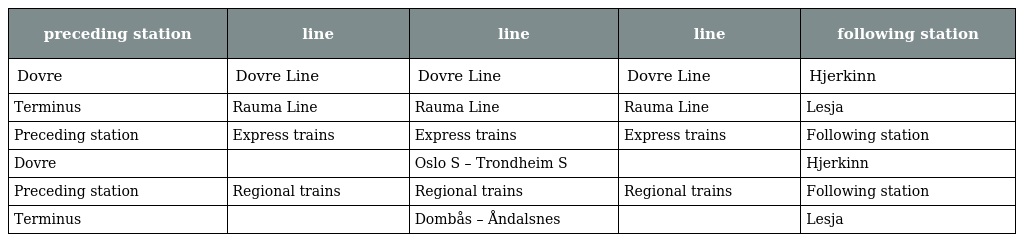
| preceding station | line | line | line | following station |
 | --- | --- | --- | --- | --- |
 | Dovre | Dovre Line | Dovre Line | Dovre Line | Hjerkinn |
 | Terminus | Rauma Line | Rauma Line | Rauma Line | Lesja |
 | Preceding station | Express trains | Express trains | Express trains | Following station |
 | Dovre |  | Oslo S – Trondheim S |  | Hjerkinn |
 | Preceding station | Regional trains | Regional trains | Regional trains | Following station |
 | Terminus |  | Dombås – Åndalsnes |  | Lesja |